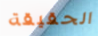
الحقيقة